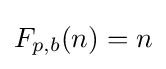
F_{p,b}(n)=n